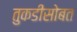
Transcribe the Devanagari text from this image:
तुकडीसोबत